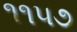
૧૧૫૭